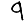
Digit: 9